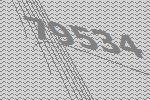
79534